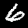
Label: 6